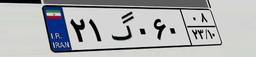
۲۱گ۰۶۰۰۸